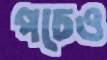
পচেও